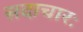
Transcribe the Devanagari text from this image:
सदाचारः